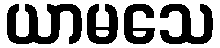
ယာမသေ